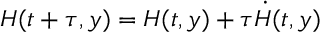
H ( t + \tau , y ) = H ( t , y ) + \tau \dot { H } ( t , y )